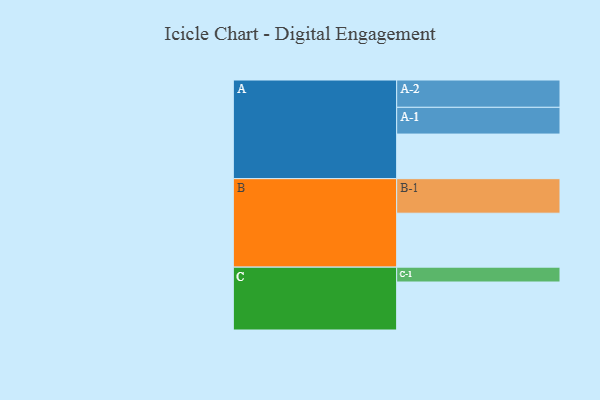
{"axis": {"x": "Segment", "y": "Value"}, "legend": ["", "A", "B", "C"], "data": [{"x": "A", "y": 315, "type": ""}, {"x": "B", "y": 381, "type": ""}, {"x": "C", "y": 339, "type": ""}, {"x": "A-1", "y": 189, "type": "A"}, {"x": "A-2", "y": 193, "type": "A"}, {"x": "B-1", "y": 244, "type": "B"}, {"x": "C-1", "y": 105, "type": "C"}]}